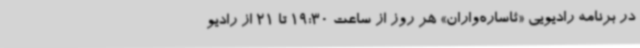
در برنامه رادیویی «ئاساره‌واران» هر روز از ساعت 19:30 تا 21 از رادیو